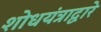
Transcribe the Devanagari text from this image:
शोधयंत्राद्वारे